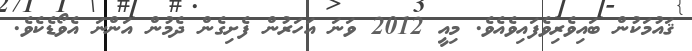
ޤައުމަކުން ބައިވެރިވެފައިވެއެވެ. މިއީ 2012 ވަނަ އަހަރުން ފެށިގެން ދެމުން އަންނަ އެވޯޑެކެވެ.